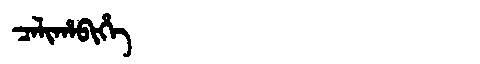
Manchu: ᠴᠠᠯᡳᡥᠠᠪᡳᡥᡝ
Romanization: CALIHABIHE